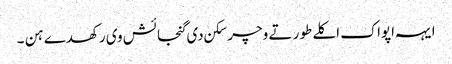
ایہہ اپواک اکلے طور تے وچر سکن دی گنجائش وی رکھدے ہن ۔